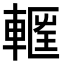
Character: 𮝝